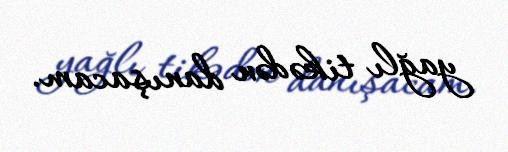
yağlı tikədən danışacam.